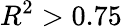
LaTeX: R^{2}>0.75